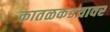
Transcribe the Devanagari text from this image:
कातळकडय़ावर